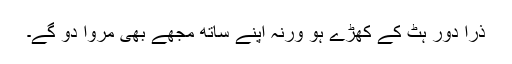
ذرا دور ہٹ کے کھڑے ہو ورنہ اپنے ساتھ مجھے بھی مروا دو گے۔